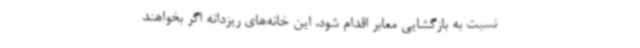
نسبت به بازگشایی معابر اقدام شود، این خانه‌های ریزدانه اگر بخواهند